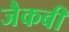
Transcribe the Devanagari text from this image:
जैकबी